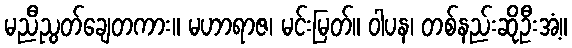
မညီညွတ်ချေတကား။ မဟာရာဇ၊ မင်းမြတ်။ ဝါပန၊ တစ်နည်းဆိုဦးအံ့။